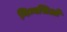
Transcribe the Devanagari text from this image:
गिम्नसिओ